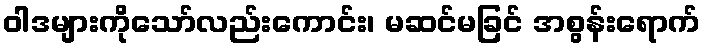
ဝါဒများကိုသော်လည်းကောင်း၊ မဆင်မခြင် အစွန်းရောက်